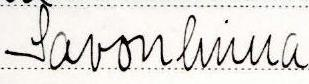
Savonlinna